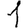
Digit: 1